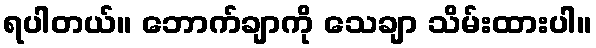
ရပါတယ်။ ဘောက်ချာကို သေချာ သိမ်းထားပါ။